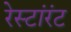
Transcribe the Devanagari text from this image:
रेस्टांरंट